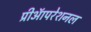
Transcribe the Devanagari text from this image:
प्रीऑपरेशनल